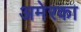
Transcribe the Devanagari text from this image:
अमेरका